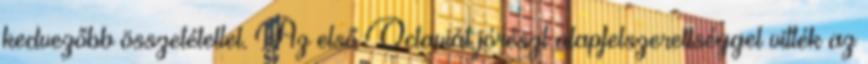
kedvezőbb összetétellel. Az első Octaviát jórészt alapfelszereltséggel vitték az